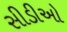
સીડીઓ